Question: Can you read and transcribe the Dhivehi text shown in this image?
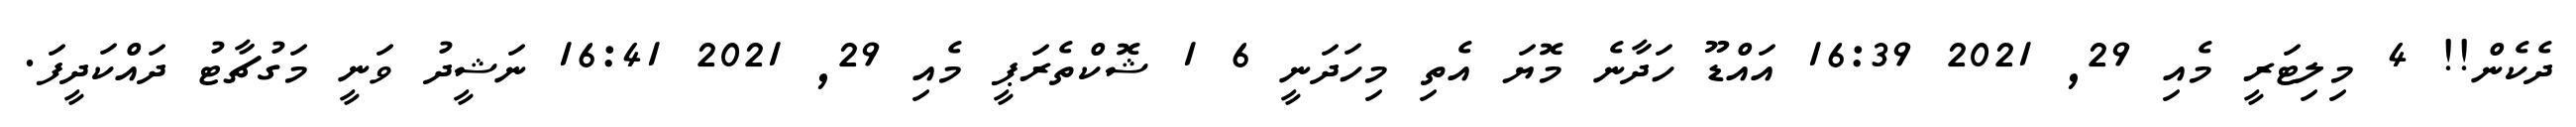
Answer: ދެކެން!! 4 މިލިޓަރީ މެއި 29, 2021 16:39 އައްޑޫ ހަދާނެ މޮޔަ އެތި މިހަދަނީ 6 1 ޝޮކްތެރަޕީ މެއި 29, 2021 16:41 ނަޝީދު ވަނީ މަގުޗާޓު ދައްކަދީފަ.